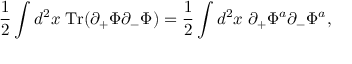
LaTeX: \frac { 1 } { 2 } \int d ^ { 2 } x \; \mathrm { T r } ( \partial _ { + } \Phi \partial _ { - } \Phi ) = \frac { 1 } { 2 } \int d ^ { 2 } x \; \partial _ { + } \Phi ^ { a } \partial _ { - } \Phi ^ { a } ,